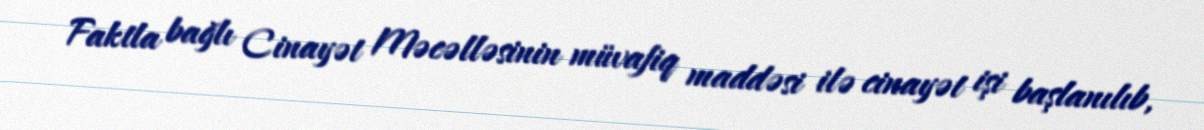
Faktla bağlı Cinayət Məcəlləsinin müvafiq maddəsi ilə cinayət işi başlanılıb,